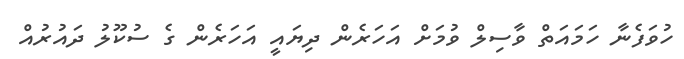
ހުވަފެނާ ހަމައަތް ވާސިލް ވުމަށް އަހަރެން ދިޔައީ އަހަރެން ގެ ސުކޫލު ދައުރުއް